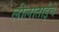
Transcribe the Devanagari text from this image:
लीलाताईंचे